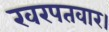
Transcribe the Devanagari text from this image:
खरपतवार।